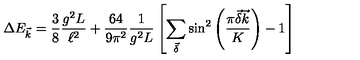
\Delta E _ { \vec { k } } = \frac { 3 } { 8 } \frac { g ^ { 2 } L } { \ell ^ { 2 } } + \frac { 6 4 } { 9 \pi ^ { 2 } } \frac { 1 } { g ^ { 2 } L } \left[ \sum _ { \vec { \delta } } \sin ^ { 2 } \left( \frac { \pi \vec { \delta } \vec { k } } { K } \right) - 1 \right]